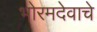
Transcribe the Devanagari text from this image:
भोरमदेवाचे